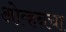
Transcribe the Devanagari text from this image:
ओव्हनचा